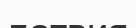
латвия